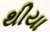
થીયા